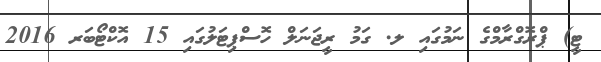
ޓީ) ޕްރޮގްރާމްގެ ނަމުގައި ލ. ގަމު ރީޖަނަލް ހޮސްޕިޓަލުގައި 15 އޮކްޓޯބަރ 2016